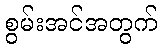
စွမ်းအင်အတွက်